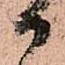
御